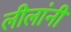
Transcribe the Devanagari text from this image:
लीलांनी